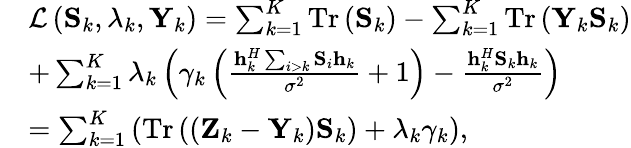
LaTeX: \begin{array}{rl}&{{\cal L}\left({{{\mathbf{S}}_{k}},{\lambda_{k}},{{\mathbf{Y}}_{k}}}\right)=\sum_{k=1}^{K}{\mathrm{{Tr}}}\left({{{\mathbf{S}}_{k}}}\right)-\sum_{k=1}^{K}{{\mathrm{Tr}}\left({{{\mathbf{Y}}_{k}}{{\mathbf{S}}_{k}}}\right)}}\\ &{+\sum_{k=1}^{K}{{\lambda_{k}}\left({{\gamma_{k}}\left({\frac{{{\mathbf{h}}_{k}^{H}\sum_{i>k}{{{\mathbf{S}}_{i}}{{\mathbf{h}}_{k}}}}}{{{\sigma^{2}}}}+1}\right)-\frac{{{\mathbf{h}}_{k}^{H}{{\mathbf{S}}_{k}}{{\mathbf{h}}_{k}}}}{{{\sigma^{2}}}}}\right)}}\\ &{=\sum_{k=1}^{K}{\left({\mathrm{{Tr}}\left({\left({{{\mathbf{Z}}_{k}}-{{\mathbf{Y}}_{k}}}\right){{\mathbf{S}}_{k}}}\right)+{\lambda_{k}}{\gamma_{k}}}\right)},}\end{array}